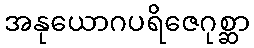
အနုယောဂပရိဇေဂုစ္ဆာ